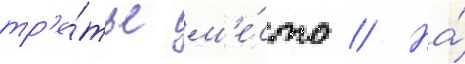
тр'е́тье м'е́сто // На́